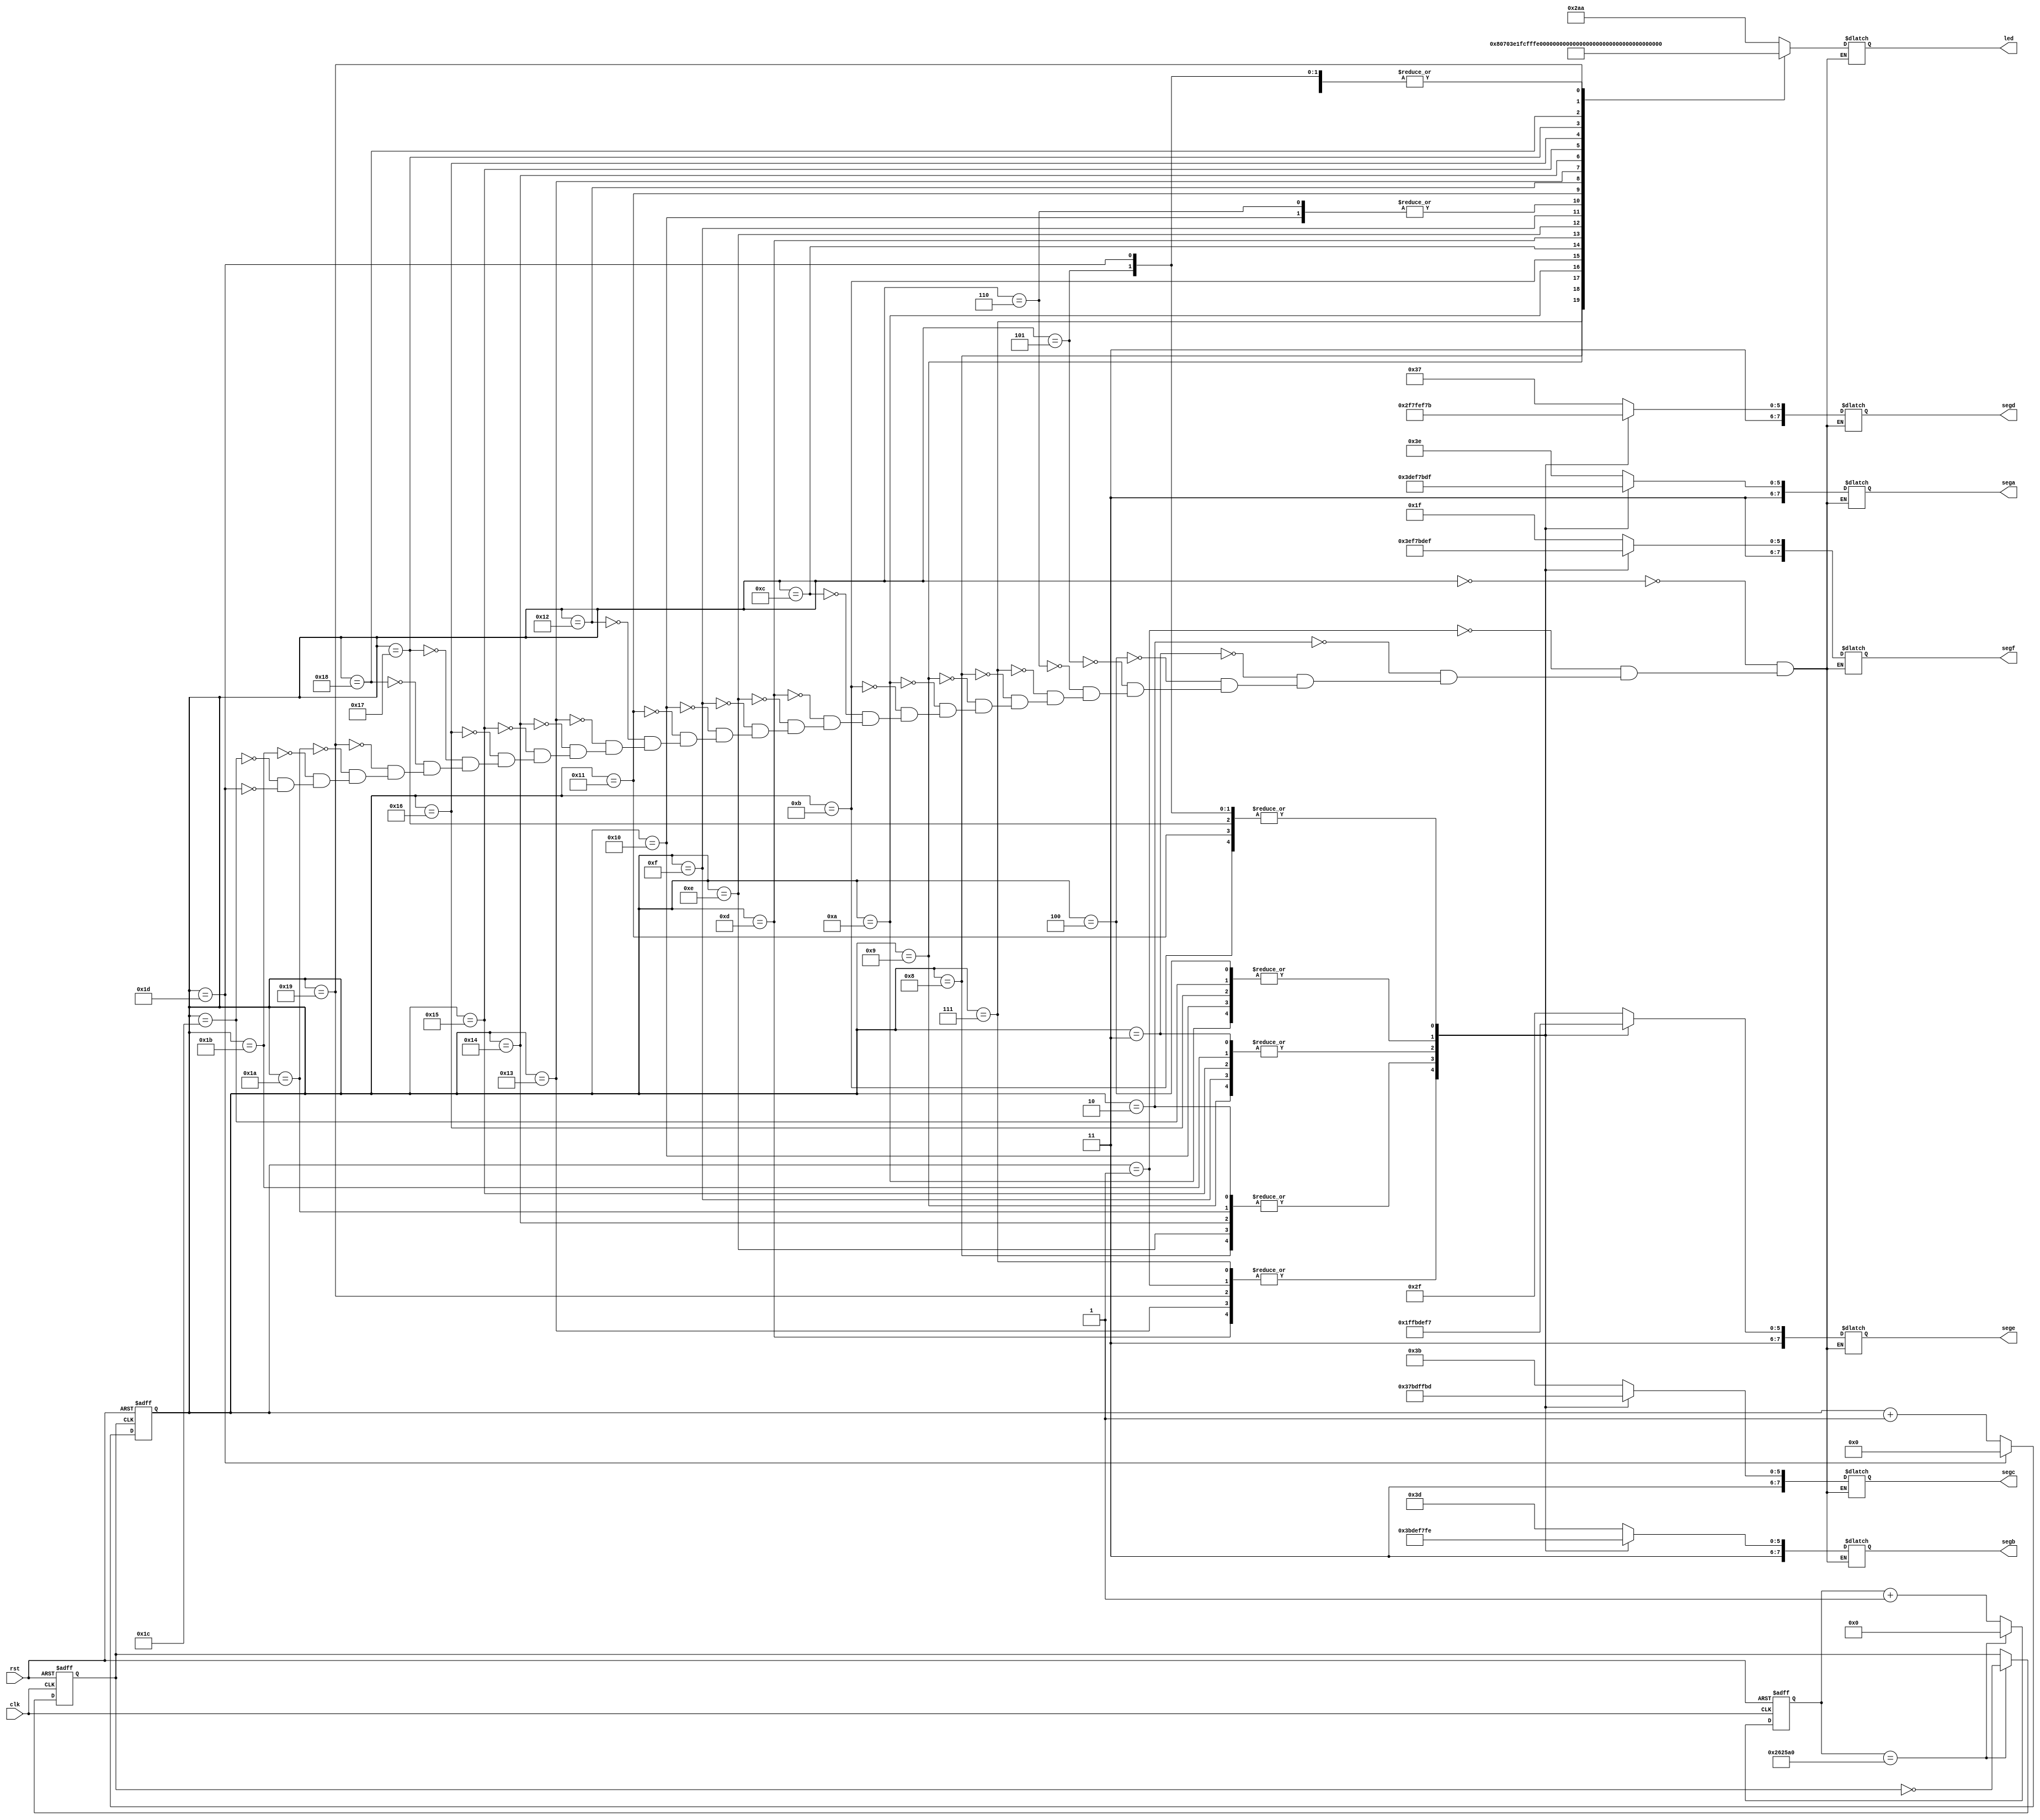
module shiny(led,clk,rst,sega,segb,segc,segd,sege,segf);
	input clk,rst;
	output [9:0]led;
	output [7:0]sega,segb,segc,segd,sege,segf;
	reg clk1;
	reg[9:0]led;
	reg[22:0]count;
	reg[4:0]state,nstate;
	reg[7:0]sega,segb,segc,segd,sege,segf;
	//reduce the frequency
	//original clk run 2500000times get the inverse clk1;
	//so the clk1 T=2500000*2=5000000 get 2Hz clk1
	always@(posedge clk or negedge rst)begin
		if(rst==1'b0)begin
			count=0;
			clk1=0;
		end
		else if(count==2500000)begin
			count=0;
			clk1=~clk1;
		end
		else count=count+1;
	end
	//memorylogic
	always@(posedge clk1 or negedge rst)begin
		if(rst==1'b0)state=0;
		else state=nstate;
	end
	//next state logic
	always@(state)begin
		if(state==5'd29)nstate=4'b0000;
		else nstate=state+1;
	end
	//output logic
	always@(state)begin
		case(state)
			5'b00000:led=10'b1010101010;
			5'b00001:led=10'b0101010101;
			5'b00010:led=10'b1010101010;
			5'b00011:led=10'b0101010101;
			5'b00100:led=10'b1010101010;
			5'b00101:led=10'b0101010101;
			5'b00110:led=10'b0000000000;
			5'b00111:led=10'b1000000001;
			5'b01000:led=10'b1100000011;
			5'b01001:led=10'b1110000111;
			5'b01010:led=10'b1111001111;
			5'b01011:led=10'b1111111111;
			5'b01100:led=10'b0111111110;
			5'b01101:led=10'b0011111100;
			5'b01110:led=10'b0001111000;
			5'b01111:led=10'b0000110000;
			5'b10000:led=10'b0000000000;
			5'b10001:led=10'b1000000000;
			5'b10010:led=10'b1100000000;
			5'b10011:led=10'b1110000000;
			5'b10100:led=10'b1111000000;
			5'b10101:led=10'b1111100000;
			5'b10110:led=10'b1111110000;
			5'b10111:led=10'b1111111000;
			5'b11000:led=10'b1111111100;
			5'b11001:led=10'b1111111110;
			5'b11010:led=10'b1010101010;
			5'b11011:led=10'b0101010101;
			5'b11100:led=10'b1010101010;
			5'b11101:led=10'b0101010101;
		endcase
		case(state)
			5'b00000:sega=8'b11111110;
			5'b00001:sega=8'b11111101;
			5'b00010:sega=8'b11111011;
			5'b00011:sega=8'b11110111;
			5'b00100:sega=8'b11101111;
			5'b00101:sega=8'b11011111;
			5'b00110:sega=8'b11111110;
			5'b00111:sega=8'b11111101;
			5'b01000:sega=8'b11111011;
			5'b01001:sega=8'b11110111;
			5'b01010:sega=8'b11101111;
			5'b01011:sega=8'b11011111;
			5'b01100:sega=8'b11111110;
			5'b01101:sega=8'b11111101;
			5'b01110:sega=8'b11111011;
			5'b01111:sega=8'b11110111;
			5'b10000:sega=8'b11101111;
			5'b10001:sega=8'b11011111;
			5'b10010:sega=8'b11111110;
			5'b10011:sega=8'b11111101;
			5'b10100:sega=8'b11111011;
			5'b10101:sega=8'b11110111;
			5'b10110:sega=8'b11101111;
			5'b10111:sega=8'b11011111;
			5'b11000:sega=8'b11111110;
			5'b11001:sega=8'b11111101;
			5'b11010:sega=8'b11111011;
			5'b11011:sega=8'b11110111;
			5'b11100:sega=8'b11101111;
			5'b11101:sega=8'b11011111;
		endcase
		case(state)
			5'b00000:segb=8'b11111101;
			5'b00001:segb=8'b11111011;
			5'b00010:segb=8'b11110111;
			5'b00011:segb=8'b11101111;
			5'b00100:segb=8'b11011111;
			5'b00101:segb=8'b11111110;
			5'b00110:segb=8'b11111101;
			5'b00111:segb=8'b11111011;
			5'b01000:segb=8'b11110111;
			5'b01001:segb=8'b11101111;
			5'b01010:segb=8'b11011111;
			5'b01011:segb=8'b11111110;
			5'b01100:segb=8'b11111101;
			5'b01101:segb=8'b11111011;
			5'b01110:segb=8'b11110111;
			5'b01111:segb=8'b11101111;
			5'b10000:segb=8'b11011111;
			5'b10001:segb=8'b11111110;
			5'b10010:segb=8'b11111101;
			5'b10011:segb=8'b11111011;
			5'b10100:segb=8'b11110111;
			5'b10101:segb=8'b11101111;
			5'b10110:segb=8'b11011111;
			5'b10111:segb=8'b11111110;
			5'b11000:segb=8'b11111101;
			5'b11001:segb=8'b11111011;
			5'b11010:segb=8'b11110111;
			5'b11011:segb=8'b11101111;
			5'b11100:segb=8'b11011111;
			5'b11101:segb=8'b11111110;
		endcase
		case(state)
			5'b00000:segc=8'b11111011;
			5'b00001:segc=8'b11110111;
			5'b00010:segc=8'b11101111;
			5'b00011:segc=8'b11011111;
			5'b00100:segc=8'b11111110;
			5'b00101:segc=8'b11111101;
			5'b00110:segc=8'b11111011;
			5'b00111:segc=8'b11110111;
			5'b01000:segc=8'b11101111;
			5'b01001:segc=8'b11011111;
			5'b01010:segc=8'b11111110;
			5'b01011:segc=8'b11111101;
			5'b01100:segc=8'b11111011;
			5'b01101:segc=8'b11110111;
			5'b01110:segc=8'b11101111;
			5'b01111:segc=8'b11011111;
			5'b10000:segc=8'b11111110;
			5'b10001:segc=8'b11111101;
			5'b10010:segc=8'b11111011;
			5'b10011:segc=8'b11110111;
			5'b10100:segc=8'b11101111;
			5'b10101:segc=8'b11011111;
			5'b10110:segc=8'b11111110;
			5'b10111:segc=8'b11111101;
			5'b11000:segc=8'b11111011;
			5'b11001:segc=8'b11110111;
			5'b11010:segc=8'b11101111;
			5'b11011:segc=8'b11011111;
			5'b11100:segc=8'b11111110;
			5'b11101:segc=8'b11111101;
		endcase
		case(state)
			5'b00000:segd=8'b11110111;
			5'b00001:segd=8'b11101111;
			5'b00010:segd=8'b11011111;
			5'b00011:segd=8'b11111110;
			5'b00100:segd=8'b11111101;
			5'b00101:segd=8'b11111011;
			5'b00110:segd=8'b11110111;
			5'b00111:segd=8'b11101111;
			5'b01000:segd=8'b11011111;
			5'b01001:segd=8'b11111110;
			5'b01010:segd=8'b11111101;
			5'b01011:segd=8'b11111011;
			5'b01100:segd=8'b11110111;
			5'b01101:segd=8'b11101111;
			5'b01110:segd=8'b11011111;
			5'b01111:segd=8'b11111110;
			5'b10000:segd=8'b11111101;
			5'b10001:segd=8'b11111011;
			5'b10010:segd=8'b11110111;
			5'b10011:segd=8'b11101111;
			5'b10100:segd=8'b11011111;
			5'b10101:segd=8'b11111110;
			5'b10110:segd=8'b11111101;
			5'b10111:segd=8'b11111011;
			5'b11000:segd=8'b11110111;
			5'b11001:segd=8'b11101111;
			5'b11010:segd=8'b11011111;
			5'b11011:segd=8'b11111110;
			5'b11100:segd=8'b11111101;
			5'b11101:segd=8'b11111011;
		endcase
		case(state)
			5'b00000:sege=8'b11101111;
			5'b00001:sege=8'b11011111;
			5'b00010:sege=8'b11111110;
			5'b00011:sege=8'b11111101;
			5'b00100:sege=8'b11111011;
			5'b00101:sege=8'b11110111;
			5'b00110:sege=8'b11101111;
			5'b00111:sege=8'b11011111;
			5'b01000:sege=8'b11111110;
			5'b01001:sege=8'b11111101;
			5'b01010:sege=8'b11111011;
			5'b01011:sege=8'b11110111;
			5'b01100:sege=8'b11101111;
			5'b01101:sege=8'b11011111;
			5'b01110:sege=8'b11111110;
			5'b01111:sege=8'b11111101;
			5'b10000:sege=8'b11111011;
			5'b10001:sege=8'b11110111;
			5'b10010:sege=8'b11101111;
			5'b10011:sege=8'b11011111;
			5'b10100:sege=8'b11111110;
			5'b10101:sege=8'b11111101;
			5'b10110:sege=8'b11111011;
			5'b10111:sege=8'b11110111;
			5'b11000:sege=8'b11101111;
			5'b11001:sege=8'b11011111;
			5'b11010:sege=8'b11111110;
			5'b11011:sege=8'b11111101;
			5'b11100:sege=8'b11111011;
			5'b11101:sege=8'b11110111;
		endcase
		case(state)
			5'b00000:segf=8'b11011111;
			5'b00001:segf=8'b11111110;
			5'b00010:segf=8'b11111101;
			5'b00011:segf=8'b11111011;
			5'b00100:segf=8'b11110111;
			5'b00101:segf=8'b11101111;
			5'b00110:segf=8'b11011111;
			5'b00111:segf=8'b11111110;
			5'b01000:segf=8'b11111101;
			5'b01001:segf=8'b11111011;
			5'b01010:segf=8'b11110111;
			5'b01011:segf=8'b11101111;
			5'b01100:segf=8'b11011111;
			5'b01101:segf=8'b11111110;
			5'b01110:segf=8'b11111101;
			5'b01111:segf=8'b11111011;
			5'b10000:segf=8'b11110111;
			5'b10001:segf=8'b11101111;
			5'b10010:segf=8'b11011111;
			5'b10011:segf=8'b11111110;
			5'b10100:segf=8'b11111101;
			5'b10101:segf=8'b11111011;
			5'b10110:segf=8'b11110111;
			5'b10111:segf=8'b11101111;
			5'b11000:segf=8'b11011111;
			5'b11001:segf=8'b11111110;
			5'b11010:segf=8'b11111101;
			5'b11011:segf=8'b11111011;
			5'b11100:segf=8'b11110111;
			5'b11101:segf=8'b11101111;
		endcase
	end

endmodule